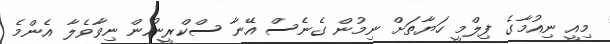
މިއީ ނިއުމާގެ ފިލްމީ ހަޔާތަށް ނިމުން ގެނެސް އޭނާ ސްކްރީނުން ނިވާވެލާ އެންމެ